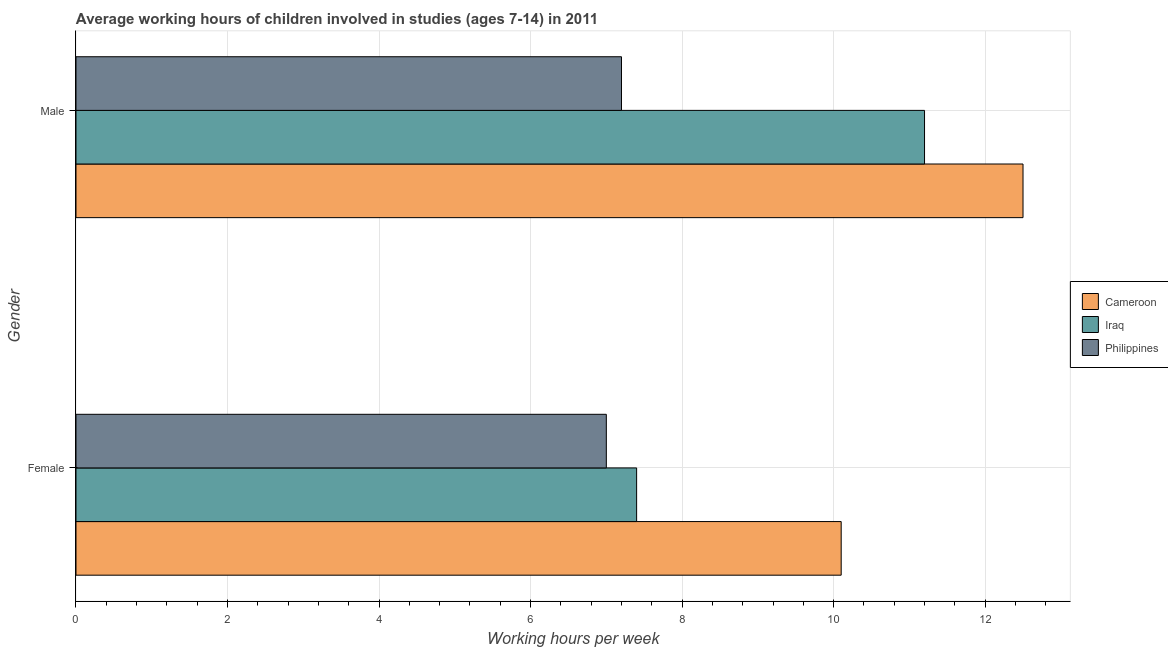
| Gender | Cameroon | Iraq | Philippines |
 | --- | --- | --- | --- |
 | Female | 10.1 | 7.4 | 7 |
 | Male | 12.5 | 11.2 | 7.2 |